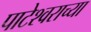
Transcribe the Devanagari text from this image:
पाटेश्वराच्या